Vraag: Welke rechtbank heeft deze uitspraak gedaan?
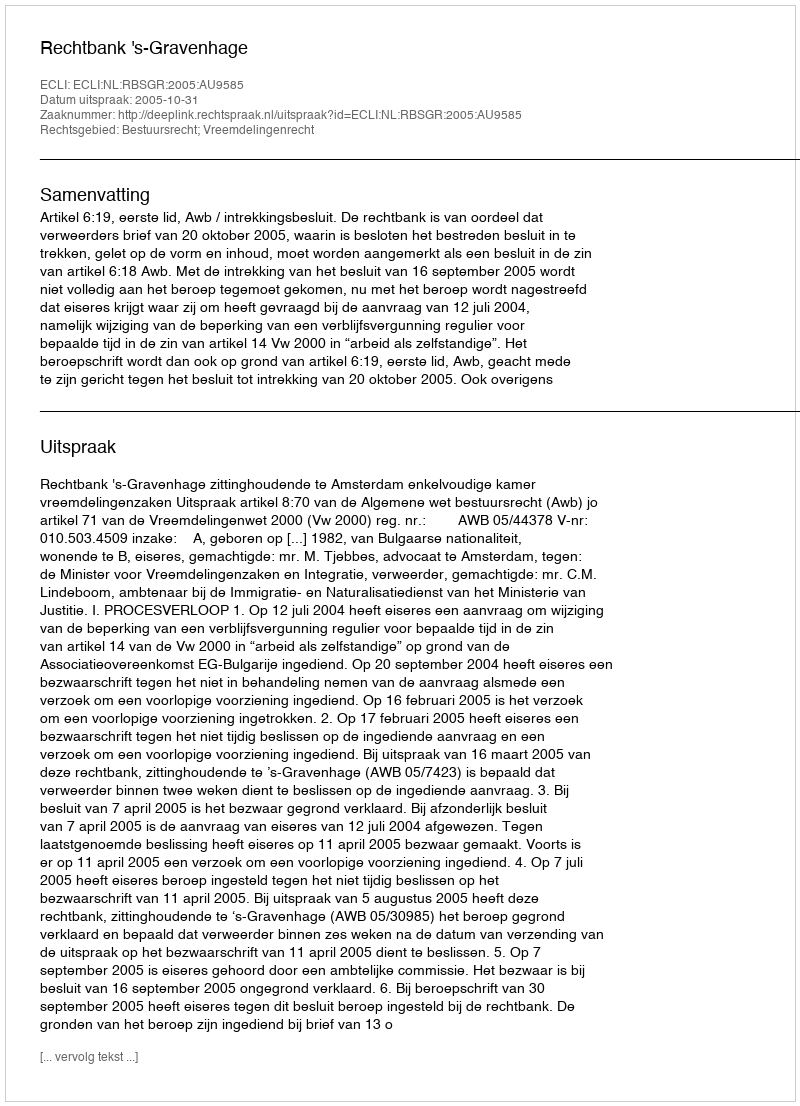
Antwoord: Rechtbank 's-Gravenhage